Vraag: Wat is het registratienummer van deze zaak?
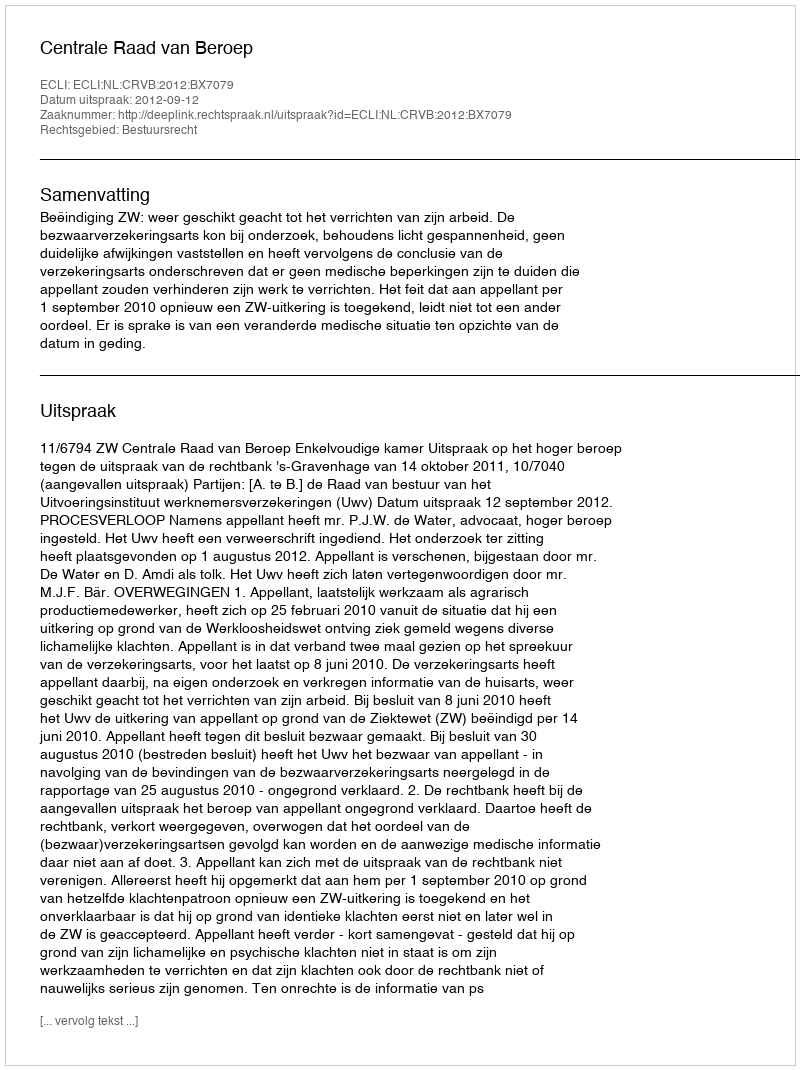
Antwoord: http://deeplink.rechtspraak.nl/uitspraak?id=ECLI:NL:CRVB:2012:BX7079